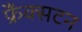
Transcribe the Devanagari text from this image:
फ्रैंक्सटन